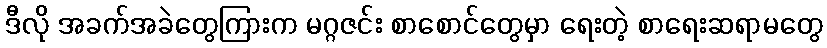
ဒီလို အခက်အခဲတွေကြားက မဂ္ဂဇင်း စာစောင်တွေမှာ ရေးတဲ့ စာရေးဆရာမတွေ